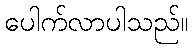
ပေါက်လာပါသည်။